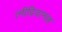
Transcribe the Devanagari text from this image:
त्नीद्रियानाह